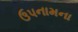
ઉપનામના